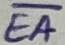
Text: EA